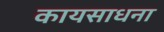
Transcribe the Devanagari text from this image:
कायसाधना